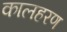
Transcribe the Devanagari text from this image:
कालहरण